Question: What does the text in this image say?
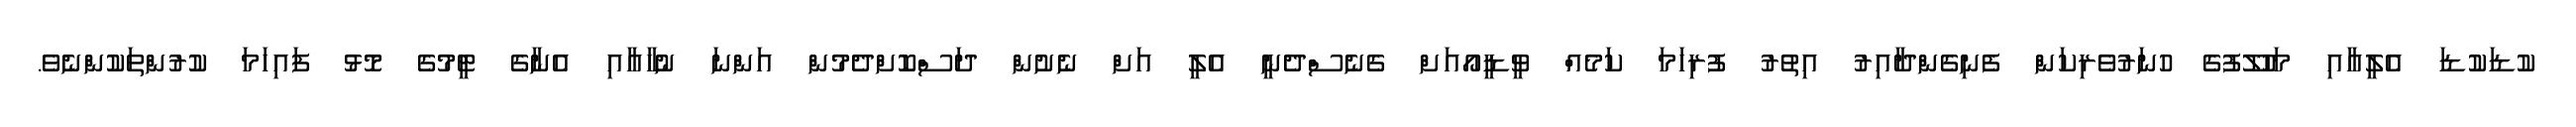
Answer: ކުޑަކުޑަ އެލީއާއި މަހުލޫފުގެ ހުނަރުވެރިކަން ފެނިގެންދާއިރު އިތުރު ފުރިހަމަ ކަމެއް ވީޑީއޯއަށް ގެނެސްދެނީ އެލީ އަށް ނެށުން ދަސްކޮށްދެމުން އަންނަ ނުހާއާއި އެނާގެ ޓީމުގެ މޮޅު ފައިހަމަ ކުރުންތަކުންނެވެ.